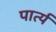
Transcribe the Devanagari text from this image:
पार्त्य